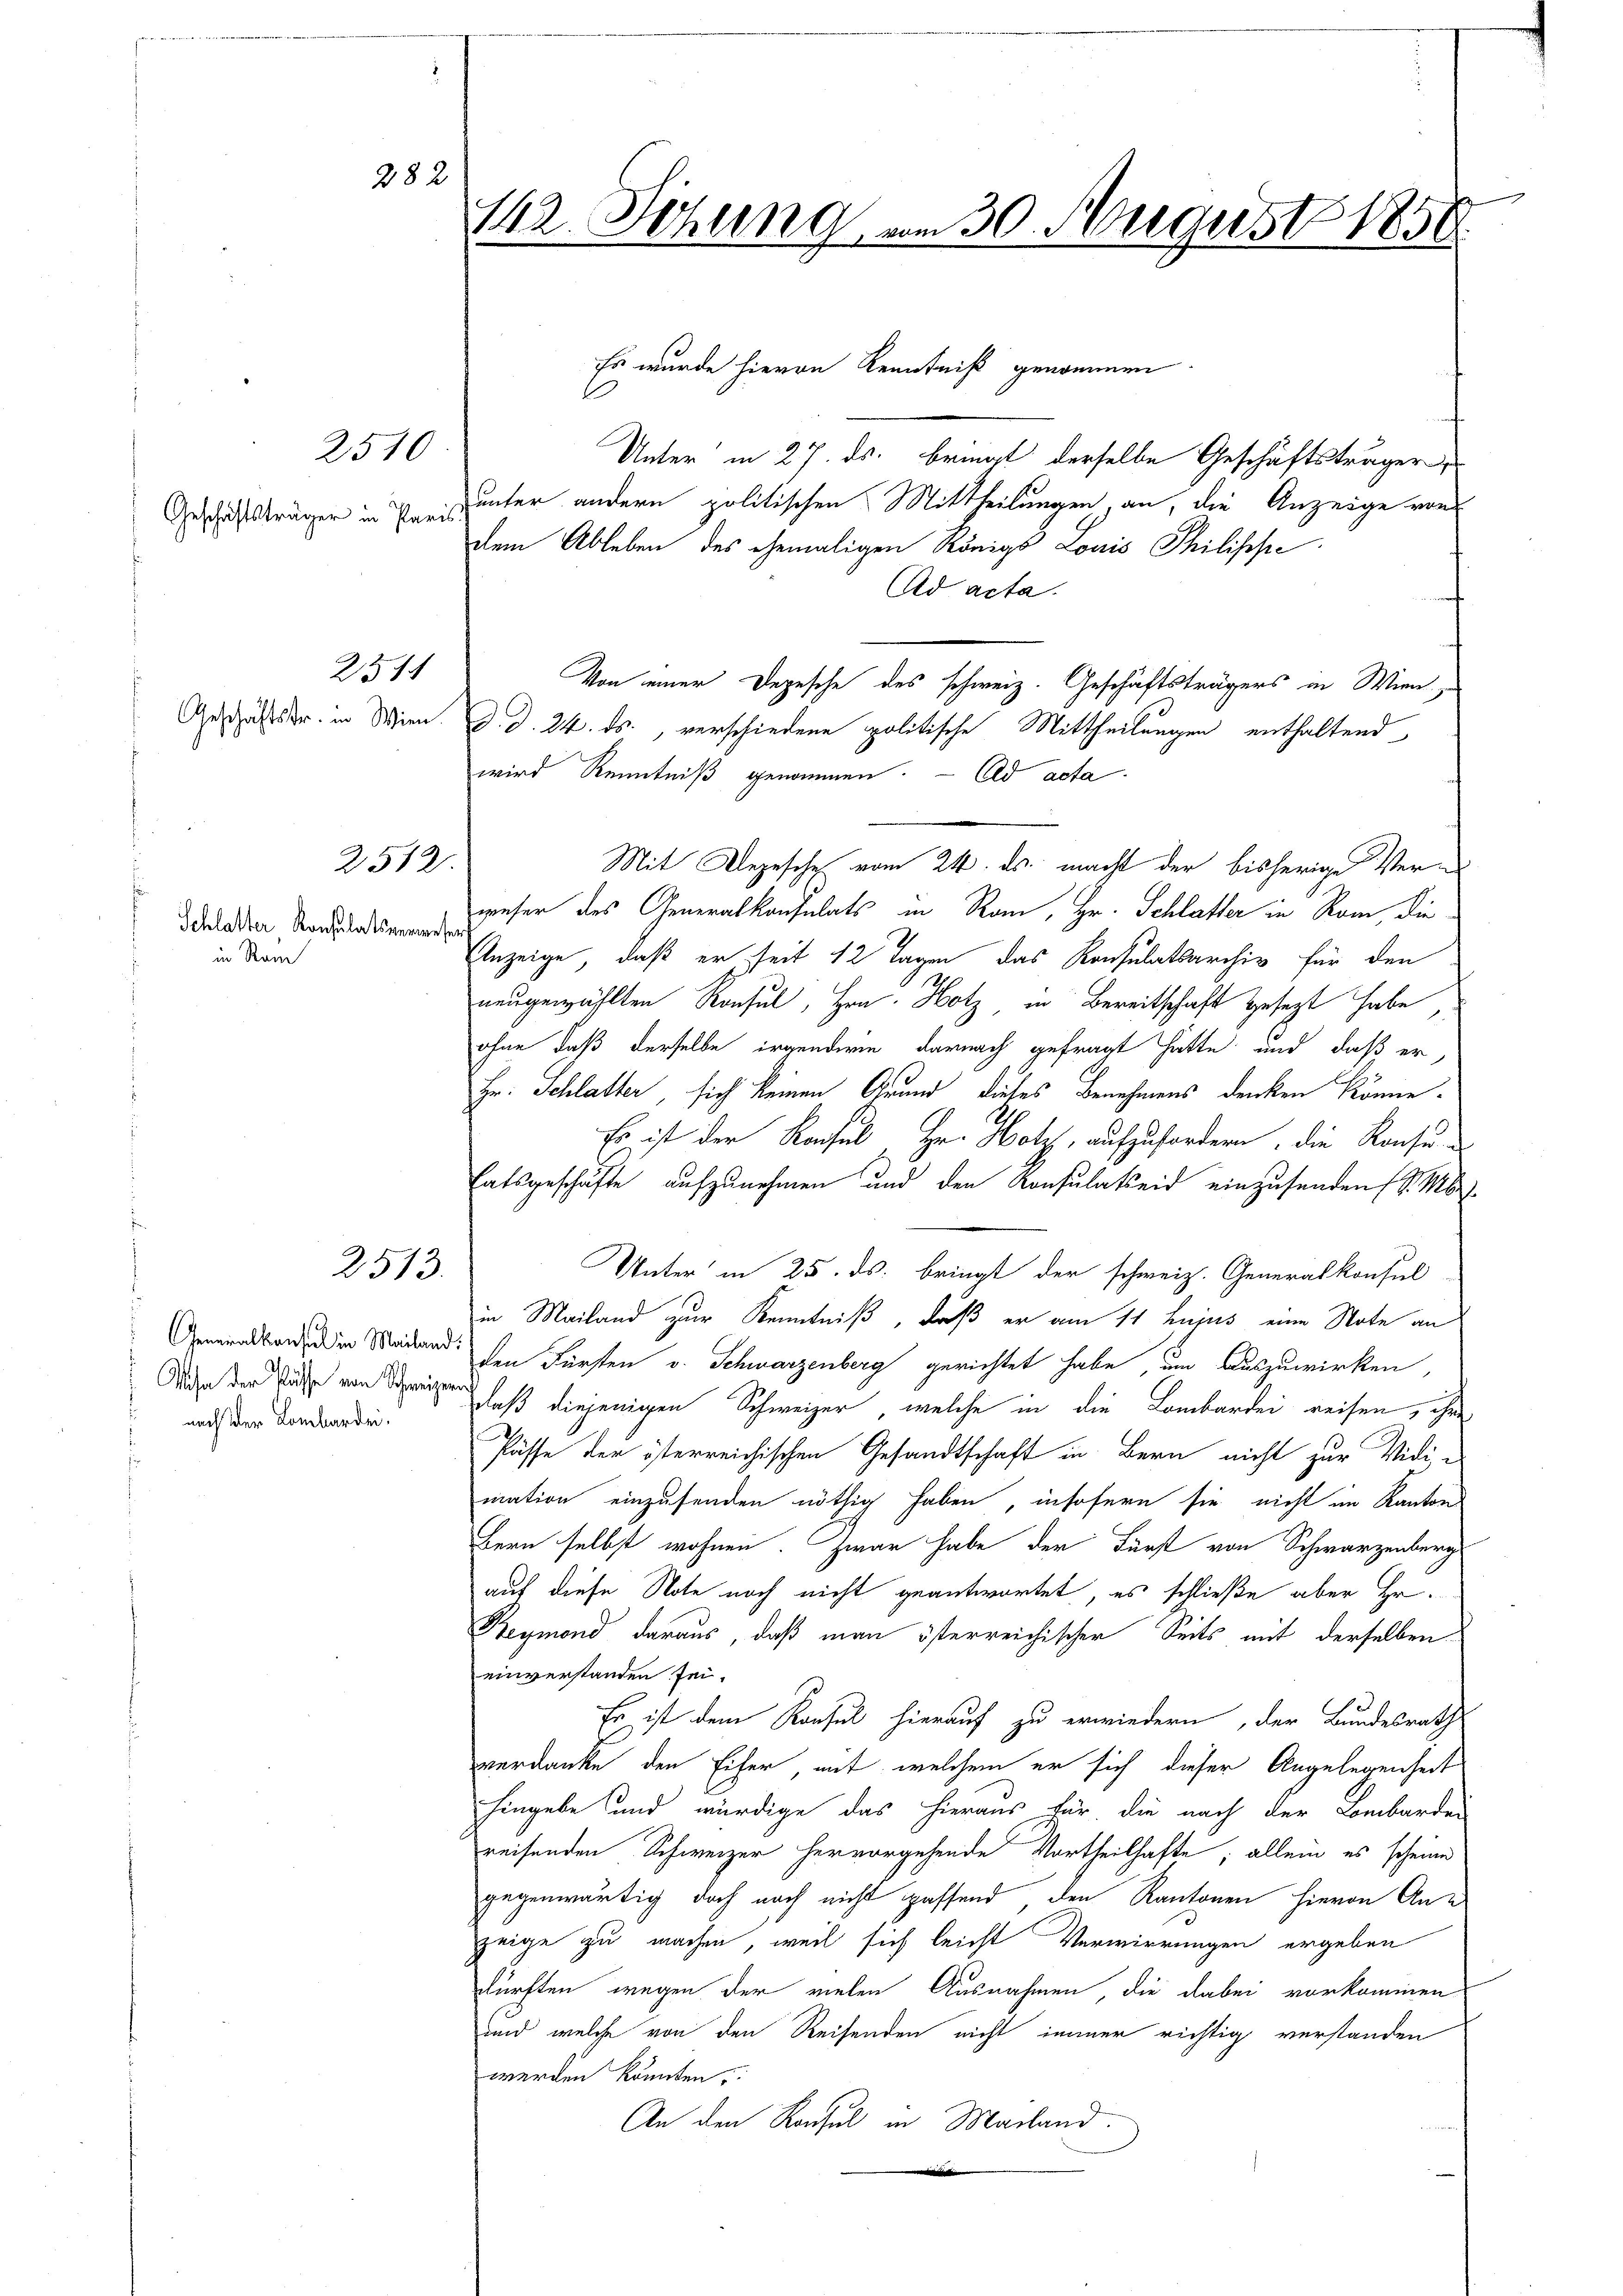
Geschäftsträger in Paris.

2510

25

282

2512.

Schlatter Konsulatsverwesen
in Nam

2513.

nach der Lombarden.

142. Sitzung vom 30. August 1858.

Es wurde hievon Kenntniß genommen.
Unter in 27. ds. bringt derselbe Geschäftsträger
unter andern politischen Mittheilungen, an, die Anzeige von
dem Ableben des ehemaligen Königs Louis Philippe
Ad acta.
Von einer Depesche des schweiz. Geschäftsträgers in Wien
Geschäftsar in Wien. d. d. 24. ds., verschiedene politische Mittheilungen enthaltend
wird Kenntniß genommen. - Eld acta.
Mit Depesche vom 24. ds. macht der bisherige Verweser des Generalkonsulats in Rom, Hr. Schlatter in Rom, die
Anzeige, daß er seit 12 Tagen das Konsulatsarchiv für den
neugewählten Konsul, Hrn. Hotz in Bereitschaft gesezt habe,
ohne daß derselbe irgenderin darnach gefragt hätte und daß er
Hr. Schlatter, sich keinen Grund dieses Benehmens denken könne¬
Es ist der Raches Hr. Hotz, aufzufordern, die Konsu¬
Eatsgeschäfte aufzunehmen und den Konsulatseid einzusenden (S. M.
Unter in 25. ds. bringt der schweiz. Generalkonsil
in Mailand zur Kenntniß, daß er am 11. hujus eine Note an
Gemeindsband der Weidend den Fürsten v. Schwarzenberg gerichtet habe, um Auszuwirken,
Aare der Pässe von Schreiben laß diejenigen Schweizer, welche in die Lombardei reisen, ihn
Pässe der österreichischen Gesandtschaft in Bern nicht zur Vidi,
mation einzusenden nöthig haben, insofern sie nicht im Kanton
Bern selbst wohnen. Zwar habe der Fürst von Schwarzenberg
auf diese Note noch nicht geantwortet, es schließe aber Hr.
Reymond daraus, daß man österreichischer Seits mit derselben
einverstanden sei.
Es ist dem Konsul hierauf zu erwiedern, der Bundesrath
verdanke den Eifer, mit, welchem er sich dieser Angelegenheit
hingebe und würdige das hieraus für die nach der Lombarden
reisenden Schweizer hervorgehende Vortheilhafte; allein es scheine
gegenwärtig doch noch nicht passend, den Kantonen hievon Anzeige zu machen, weil sich leicht Verwirrungen ergeben
kürften wegen der vielen Ausnahmen, die dabei vorkommen
und welche von den Reisenden nicht immer richtig verstanden
werden könnten.
An den Konsul in Mailand.
die